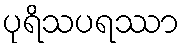
ပုရိသပရဿာ